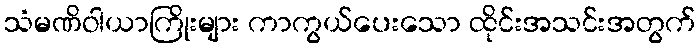
သံမဏိဝါယာကြိုးများ ကာကွယ်ပေးသော ထိုင်းအသင်းအတွက်